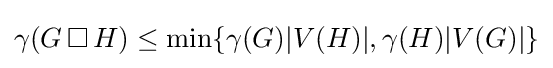
\gamma (G\,\Box \,H)\leq \min\{\gamma (G)|V(H)|,\gamma (H)|V(G)|\}